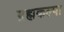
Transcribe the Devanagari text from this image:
ब्रह्मकल्पा